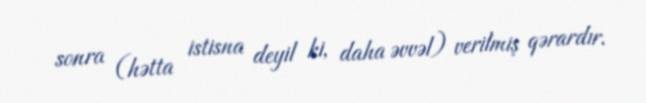
sonra (hətta istisna deyil ki, daha əvvəl) verilmiş qərardır.